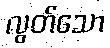
လွတ်သော